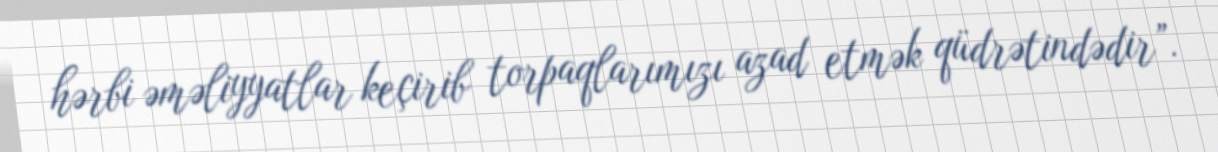
hərbi əməliyyatlar keçirib torpaqlarımızı azad etmək qüdrətindədir”.